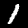
Label: 1